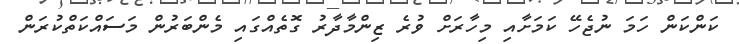
ކަންކަން ހަމަ ނުޖެހޭ ކަމަށާއި މިހާރަށް ވުރެ ޒިންމާދާރު ގޮތެއްގައި މެންބަރުން މަސައްކަތްކުރަން